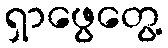
ရှာဖွေတွေ့